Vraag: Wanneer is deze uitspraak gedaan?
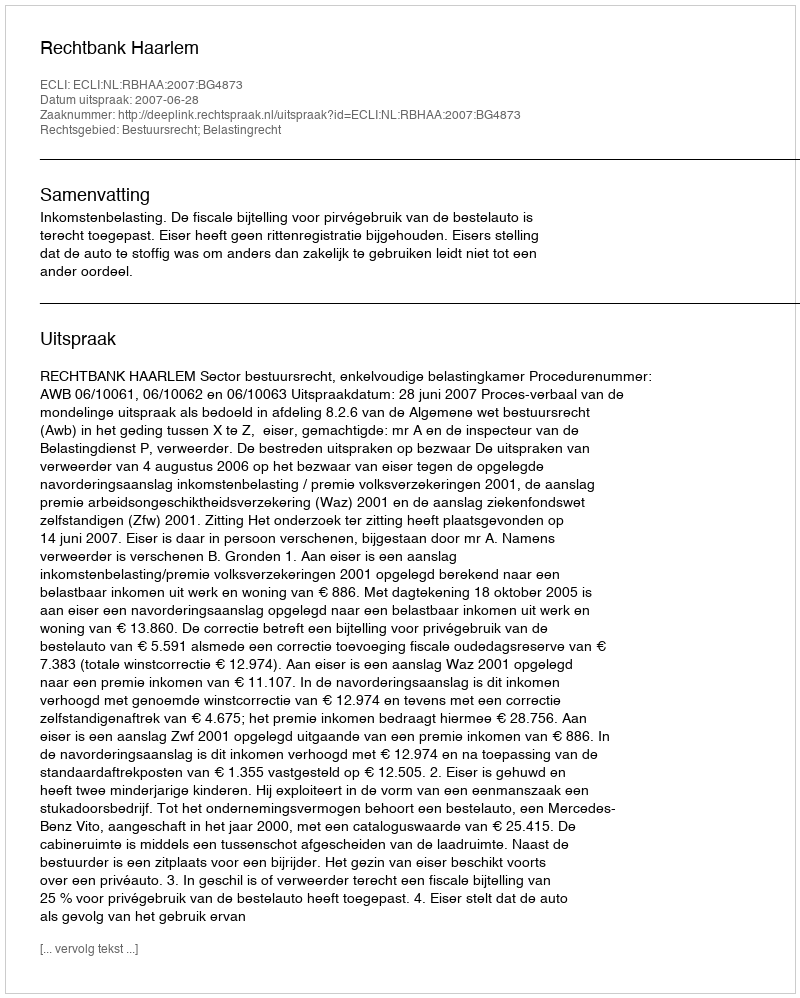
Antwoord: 2007-06-28